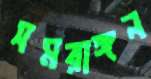
সমরাঙ্গন